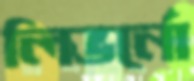
লিভর্নো